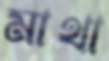
মাথা